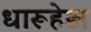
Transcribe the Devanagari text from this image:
धारूहेड़ा